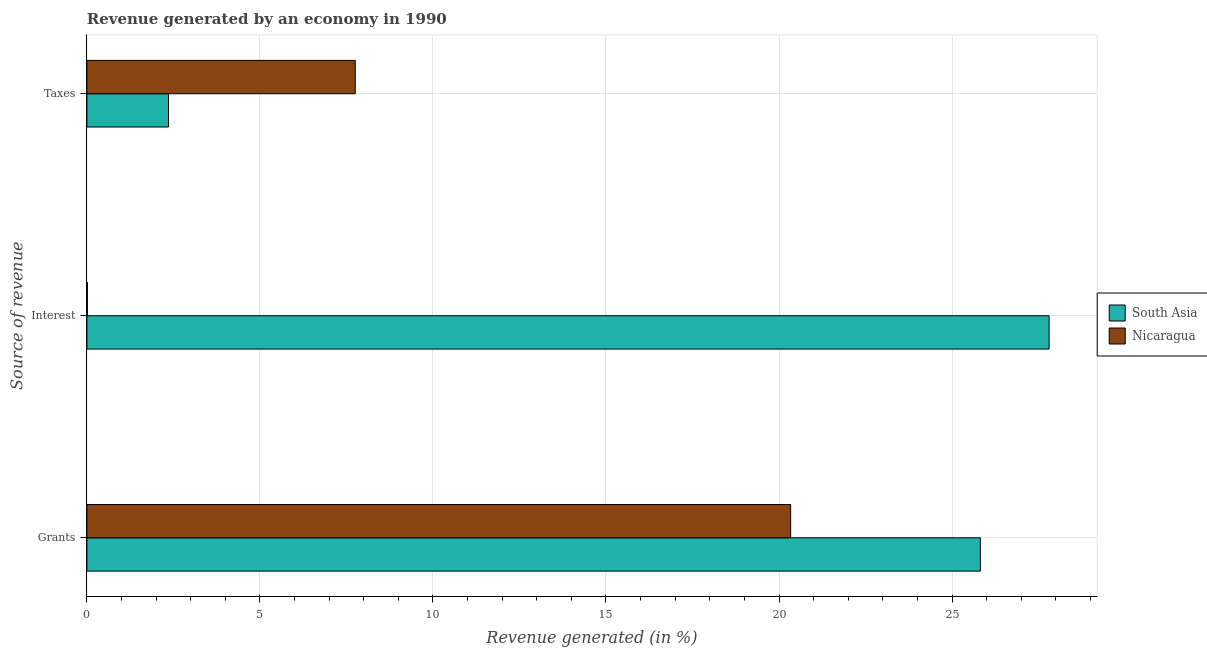
| Source of revenue | South Asia | Nicaragua |
 | --- | --- | --- |
 | Grants | 25.8 | 20.3 |
 | Interest | 27.8 | 0.0155 |
 | Taxes | 2.36 | 7.75 |